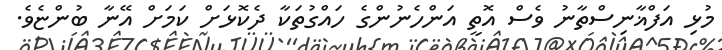
މުޅި އަފްޣާނިސްތާނު ވެސް އޮތީ އަންހެނުންގެ ހައްގުތަކާ ދެކޮޅަށް ކަމަށް އޭނާ ބުންޏެވެ.